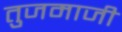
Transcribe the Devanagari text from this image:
तुजमाजी